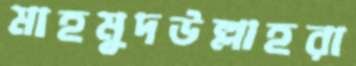
মাহমুদউল্লাহরা